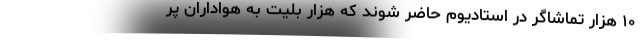
۱۰ هزار تماشاگر در استادیوم حاضر شوند که هزار بلیت به هواداران پر